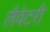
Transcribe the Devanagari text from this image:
लैवेटरी